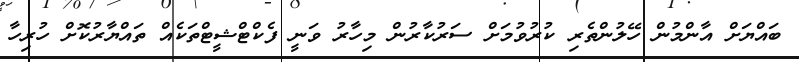
ބައްޔަށް އާންމުން ހޭލުންތެރި ކުރުވުމަށް ސަރުކާރުން މިހާރު ވަނީ ފެކްޓްޝީޓްތަކެއް ތައްޔާރުކޮށް ހުރިހާ